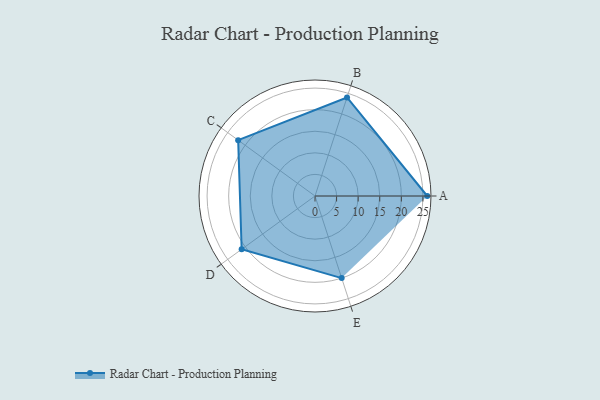
{"axis": {"x": "Skill", "y": "Score"}, "legend": ["Profile"], "data": [{"x": "A", "y": 26.0, "type": "Profile"}, {"x": "B", "y": 24.0, "type": "Profile"}, {"x": "C", "y": 22.0, "type": "Profile"}, {"x": "D", "y": 21.0, "type": "Profile"}, {"x": "E", "y": 20, "type": "Profile"}]}